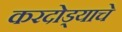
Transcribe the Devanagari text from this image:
करदोड्याचे